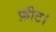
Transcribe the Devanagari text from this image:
फ़ीट।